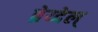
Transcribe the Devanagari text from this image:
ब्रेय्देल्